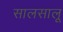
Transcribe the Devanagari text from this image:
सालसालू